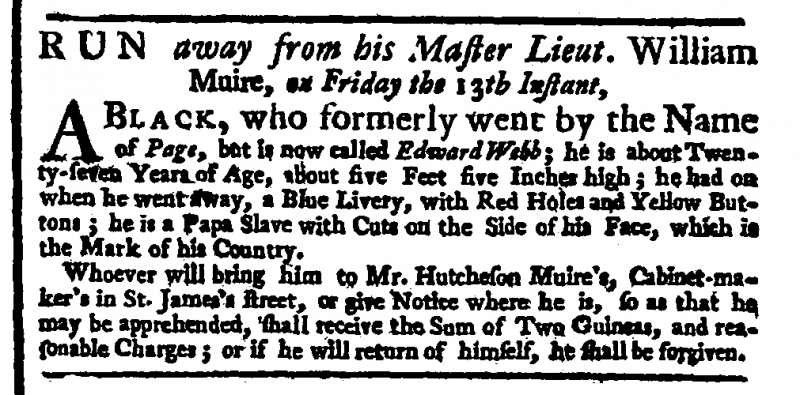
General Advertiser (1744), 16 April 1744 (England)
RUN away from his Master Lieut. William Muire, on Friday the 13th Instant,  A BLACK, who formerly went by the Name of Page, but is now called Edward Webb; he is about Twenty-seven Years of Age, about five Feet five Inches high; he had on when he went away, a Blue Livery, with Red Holes and Yellow Buttons; he is a Papa Slave with Cuts on the Side of his Face, which is the Mark of his Country.  Whoever will bring him to Mr. Hutcheson Muire’s, Cabinet-maker’s in St. James’s street, or give Notice where he is, so as that he may be apprehended, shall receive the Sum of Two Guineas, and reasonable Charges; or if he will return of himself, he shall be forgiven.